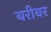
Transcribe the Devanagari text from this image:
बरीबर